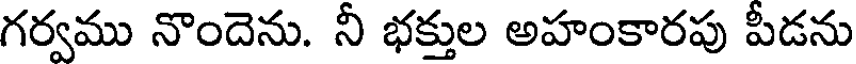
గర్వము నొందెను. నీ భక్తుల అహంకారపు పీడను